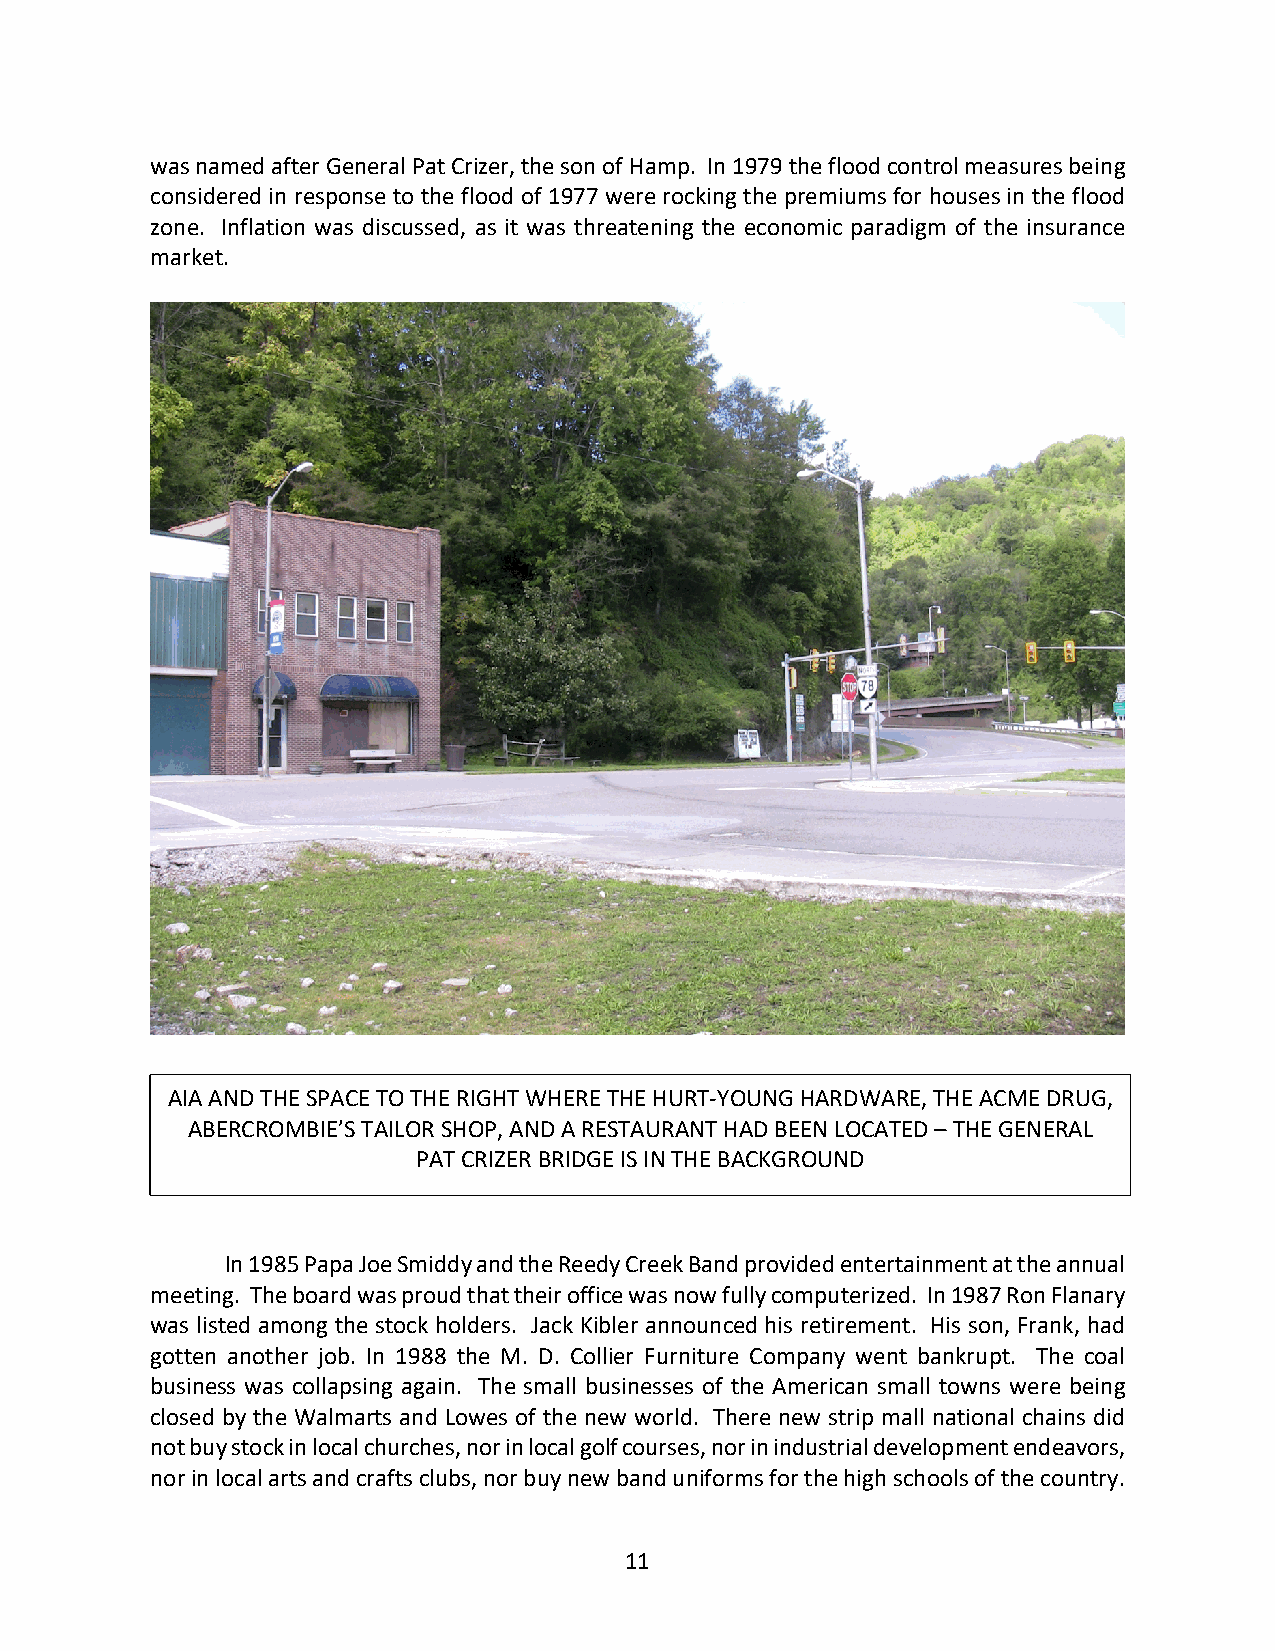
was named after General Pat Crizer, the son of Hamp. In 1979 the flood control measures being
 considered in response to the flood of 1977 were rocking the premiums for houses in the flood
 zone. Inflation was discussed, as it was threatening the economic paradigm of the insurance
 market.
 AIA AND THE SPACE TO THE RIGHT WHERE THE HURT-YOUNG HARDWARE, THE ACME DRUG,
 ABERCROMBIE’S TAILOR SHOP, AND A RESTAURANT HAD BEEN LOCATED – THE GENERAL
 PAT CRIZER BRIDGE IS IN THE BACKGROUND
 In 1985 Papa Joe Smiddy and the Reedy Creek Band provided entertainment at the annual
 meeting. The board was proud that their office was now fully computerized. In 1987 Ron Flanary
 was listed among the stock holders. Jack Kibler announced his retirement. His son, Frank, had
 gotten another job. In 1988 the M. D. Collier Furniture Company went bankrupt. The coal
 business was collapsing again. The small businesses of the American small towns were being
 closed by the Walmarts and Lowes of the new world. There new strip mall national chains did
 not buy stock in local churches, nor in local golf courses, nor in industrial development endeavors,
 nor in local arts and crafts clubs, nor buy new band uniforms for the high schools of the country.
 11